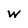
Character: w